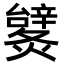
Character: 𨐹